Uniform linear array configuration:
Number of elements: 4
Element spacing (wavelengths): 1
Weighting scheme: exponential
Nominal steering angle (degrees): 0
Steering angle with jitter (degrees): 1.369
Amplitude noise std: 0.05
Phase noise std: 0.05

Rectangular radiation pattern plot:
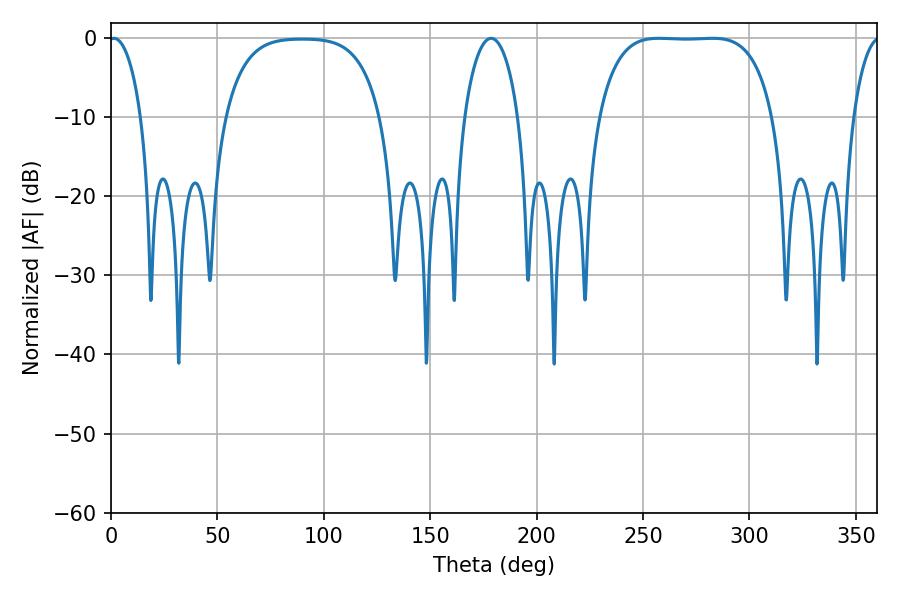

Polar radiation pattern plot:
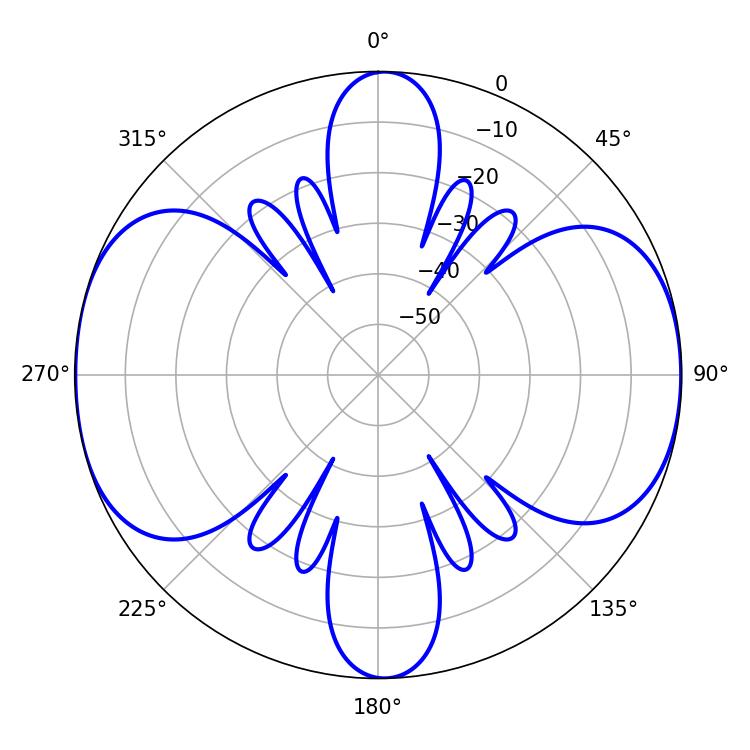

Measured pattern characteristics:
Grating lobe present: TRUE
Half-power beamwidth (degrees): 63.72
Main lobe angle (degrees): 257.4